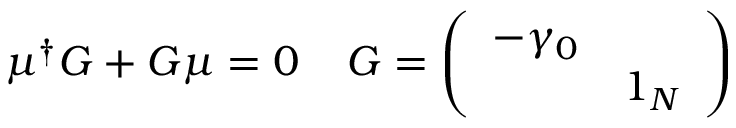
\mu ^ { \dagger } G + G \mu = 0 \; \; \; \; G = \left( \begin{array} { c c } { { - \gamma _ { 0 } } } & { { } } \\ { { } } & { { 1 _ { N } } } \end{array} \right)